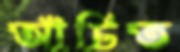
আঁচিত